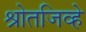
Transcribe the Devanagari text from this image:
श्रोतजिव्हे